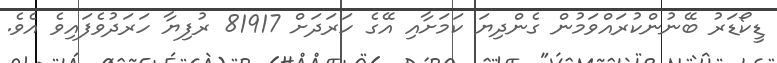
ޑީކޯޑަރު ބޭނުންކުރައްވަމުން ގެންދިޔަ ކަމަށާއި އޭގެ ހަރަދަށް 81917 ރުފިޔާ ހަރަދުވެފައިވެ އެވެ.